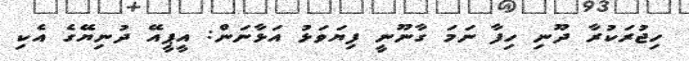
ހިޖުރަކުރާ ދޫނި ހިފާ ނަމަ ގާނޫނީ ފިޔަވަޅު އަޅާނަން: އީޕީއޭ ދުނިޔޭގެ އެކި